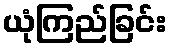
ယုံကြည်ခြင်း